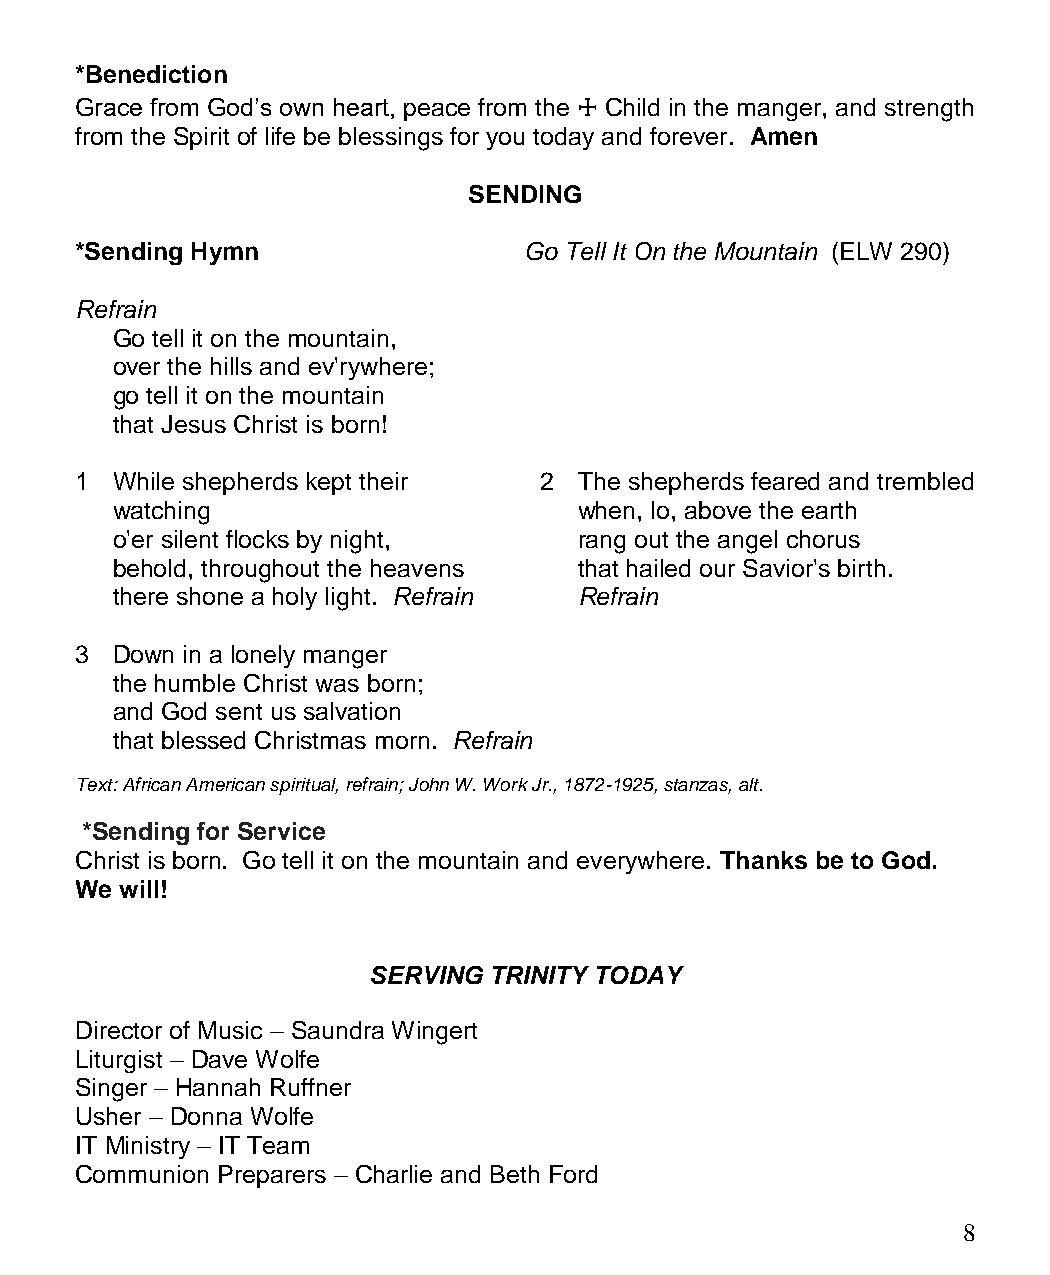
*Benediction
 Grace from God’s own heart, peace from the ☩ Child in the manger, and strength
 from the Spirit of life be blessings for you today and forever. Amen
 SENDING
 *Sending Hymn                 Go Tell It On the Mountain (ELW 290)
 Refrain
 Go tell it on the mountain,
 over the hills and ev'rywhere;
 go tell it on the mountain
 that Jesus Christ is born!
 1 While shepherds kept their   2 The shepherds feared and trembled
 watching                       when, lo, above the earth
 o'er silent flocks by night,   rang out the angel chorus
 behold, throughout the heavens that hailed our Savior's birth.
 there shone a holy light. Refrain Refrain
 3 Down in a lonely manger
 the humble Christ was born;
 and God sent us salvation
 that blessed Christmas morn. Refrain
 Text: African American spiritual, refrain; John W. Work Jr., 1872-1925, stanzas, alt.
 *Sending for Service
 Christ is born. Go tell it on the mountain and everywhere. Thanks be to God.
 We will!
 SERVING TRINITY TODAY
 Director of Music – Saundra Wingert
 Liturgist – Dave Wolfe
 Singer – Hannah Ruffner
 Usher – Donna Wolfe
 IT Ministry – IT Team
 Communion Preparers – Charlie and Beth Ford
 8